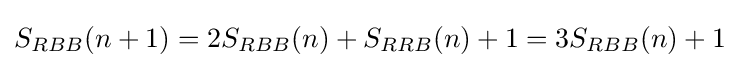
S_{RBB}(n+1)=2S_{RBB}(n)+S_{RRB}(n)+1=3S_{RBB}(n)+1